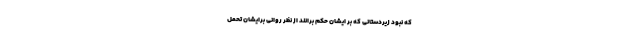
که نبود زیردستانی که بر ایشان حکم برانند از نظر روانی برایشان تحمل